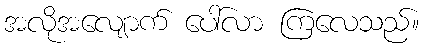
အလိုအလျောက် ပေါ်လာ ကြလေသည်။